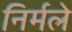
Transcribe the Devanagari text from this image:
निर्मले